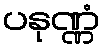
ပနုဏ္ဏံ